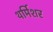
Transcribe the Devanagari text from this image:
थर्मिशर